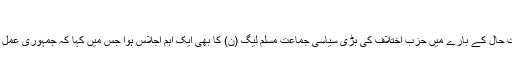
‘‘
ملک کی موجودہ سیاسی صورت حال کے بارے میں حزب اختلاف کی بڑی سیاسی جماعت مسلم لیگ (ن) کا بھی ایک اہم اجلاس ہوا جس میں کہا کہ جمہوری عمل کے تسلسل پر اتفاق کیا گیا ہے۔